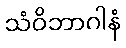
သံဝိဘာဂါနံ